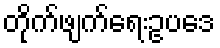
တိုက်ဖျက်ရေးဥပဒေ